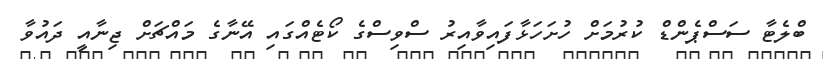
ބްލެޓާ ސަސްޕެންޑް ކުރުމަށް ހުށަހަޅާފައިވާއިރު ސްވިސްގެ ކޯޓެއްގައި އޭނާގެ މައްޗަށް ޖިނާއީ ދައުވާ